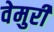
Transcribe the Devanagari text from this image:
वेमुरी